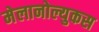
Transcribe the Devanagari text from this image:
मेलानोल्युकस